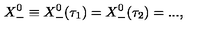
X _ { - } ^ { 0 } \equiv X _ { - } ^ { 0 } ( \tau _ { 1 } ) = X _ { - } ^ { 0 } ( \tau _ { 2 } ) = . . . ,